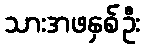
သားအဖနှစ်ဦး